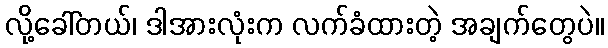
လို့ခေါ်တယ်၊ ဒါအားလုံးက လက်ခံထားတဲ့ အချက်တွေပဲ။